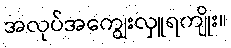
အလုပ်အကျွေးလှူရကျိုး။